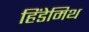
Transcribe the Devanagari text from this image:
हिंडेमिथ